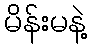
မိန်းမနဲ့